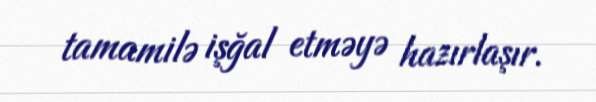
tamamilə işğal etməyə hazırlaşır.